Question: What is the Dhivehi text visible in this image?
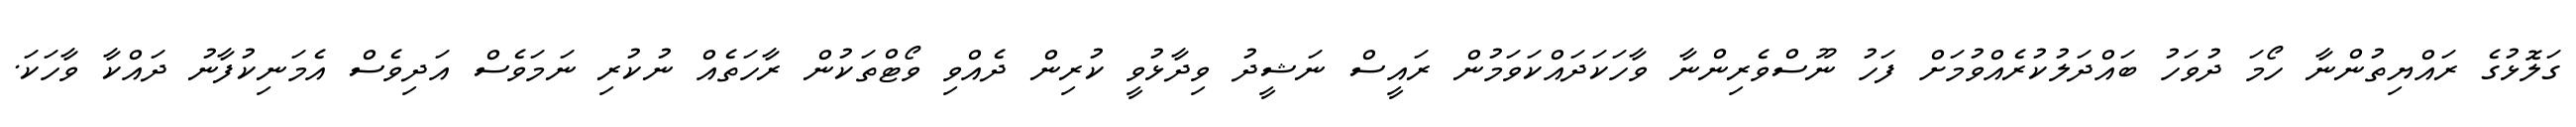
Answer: ގަލޮޅުގެ ރައްޔިތުންނާ ހޯމަ ދުވަހު ބައްދަލުކުރެއްވުމަށް ފަހު ނޫސްވެރިންނާ ވާހަކަދައްކަވަމުން ރައީސް ނަޝީދު ވިދާޅުވީ ކުރިން ދެއްވި ވޯޓްތަކުން ރާހަތެއް ނުކުރި ނަމަވެސް އަދިވެސް އެމަނިކުފާނު ދައްކާ ވާހަކަ.